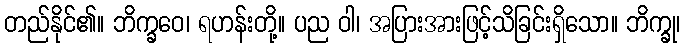
တည်နိုင်၏။ ဘိက္ခဝေ၊ ရဟန်းတို့။ ပည ဝါ၊ အပြားအားဖြင့်သိခြင်းရှိသော။ ဘိက္ခု၊